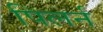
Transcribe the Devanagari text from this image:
पिलर्न